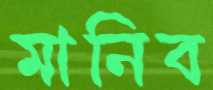
মানিব